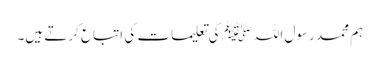
ہم محمد رسول اللہ ﷺکی تعلیمات کی اتباع کرتے ہیں۔